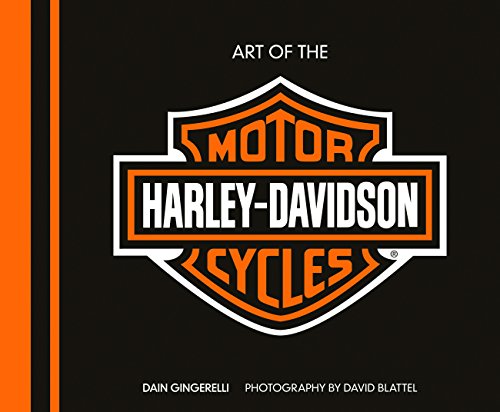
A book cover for Art of the Harley-Davidson(R) Motorcycle - Deluxe Edition; Dain Gingerelli; Engineering & Transportation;